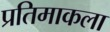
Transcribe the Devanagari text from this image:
प्रतिमाकला